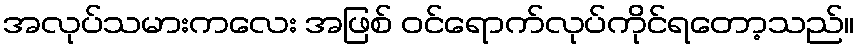
အလုပ်သမားကလေး အဖြစ် ဝင်ရောက်လုပ်ကိုင်ရတော့သည်။